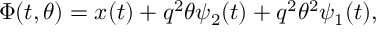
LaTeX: \Phi ( t , \theta ) = x ( t ) + q ^ { 2 } \theta \psi _ { 2 } ( t ) + q ^ { 2 } \theta ^ { 2 } \psi _ { 1 } ( t ) ,